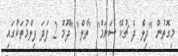
މިގޮތުން "ދިލް ދެ ޗުކޭ ސަނަމް" "ތާލް" "ދޫމް 2 ފަދަ ފިލްމުތަކުގައި